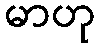
မာဟု